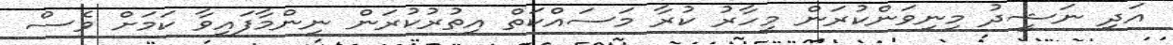
އަދި ނަޝީދު މިނިވަންކުރަން މިހާރު ކުރާ މަސައްކަތް އިތުރުކުރަން ނިންމާފައިވާ ކަމަށް ވެސް